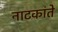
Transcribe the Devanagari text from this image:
नाटकांते